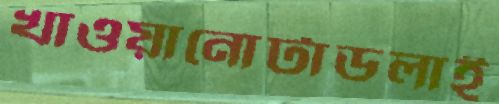
খাওয়ানোটাডলাই